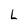
Character: L